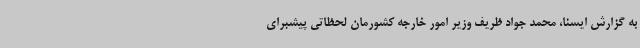
به گزارش ایسنا، محمد جواد ظریف وزیر امور خارجه کشورمان لحظاتی پیشبرای